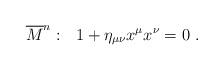
LaTeX: \begin{align*}\overline{M}^n:~~1+\eta_{\mu\nu}x^\mu x^\nu=0~.\end{align*}